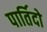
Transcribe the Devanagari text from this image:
पार्तिदो